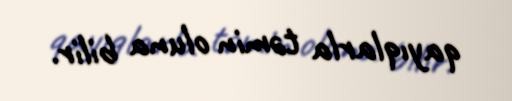
qayıqlarla təmin oluna bilir.